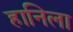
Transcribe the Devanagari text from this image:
हानिला